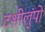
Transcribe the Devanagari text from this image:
टशीलुंपो